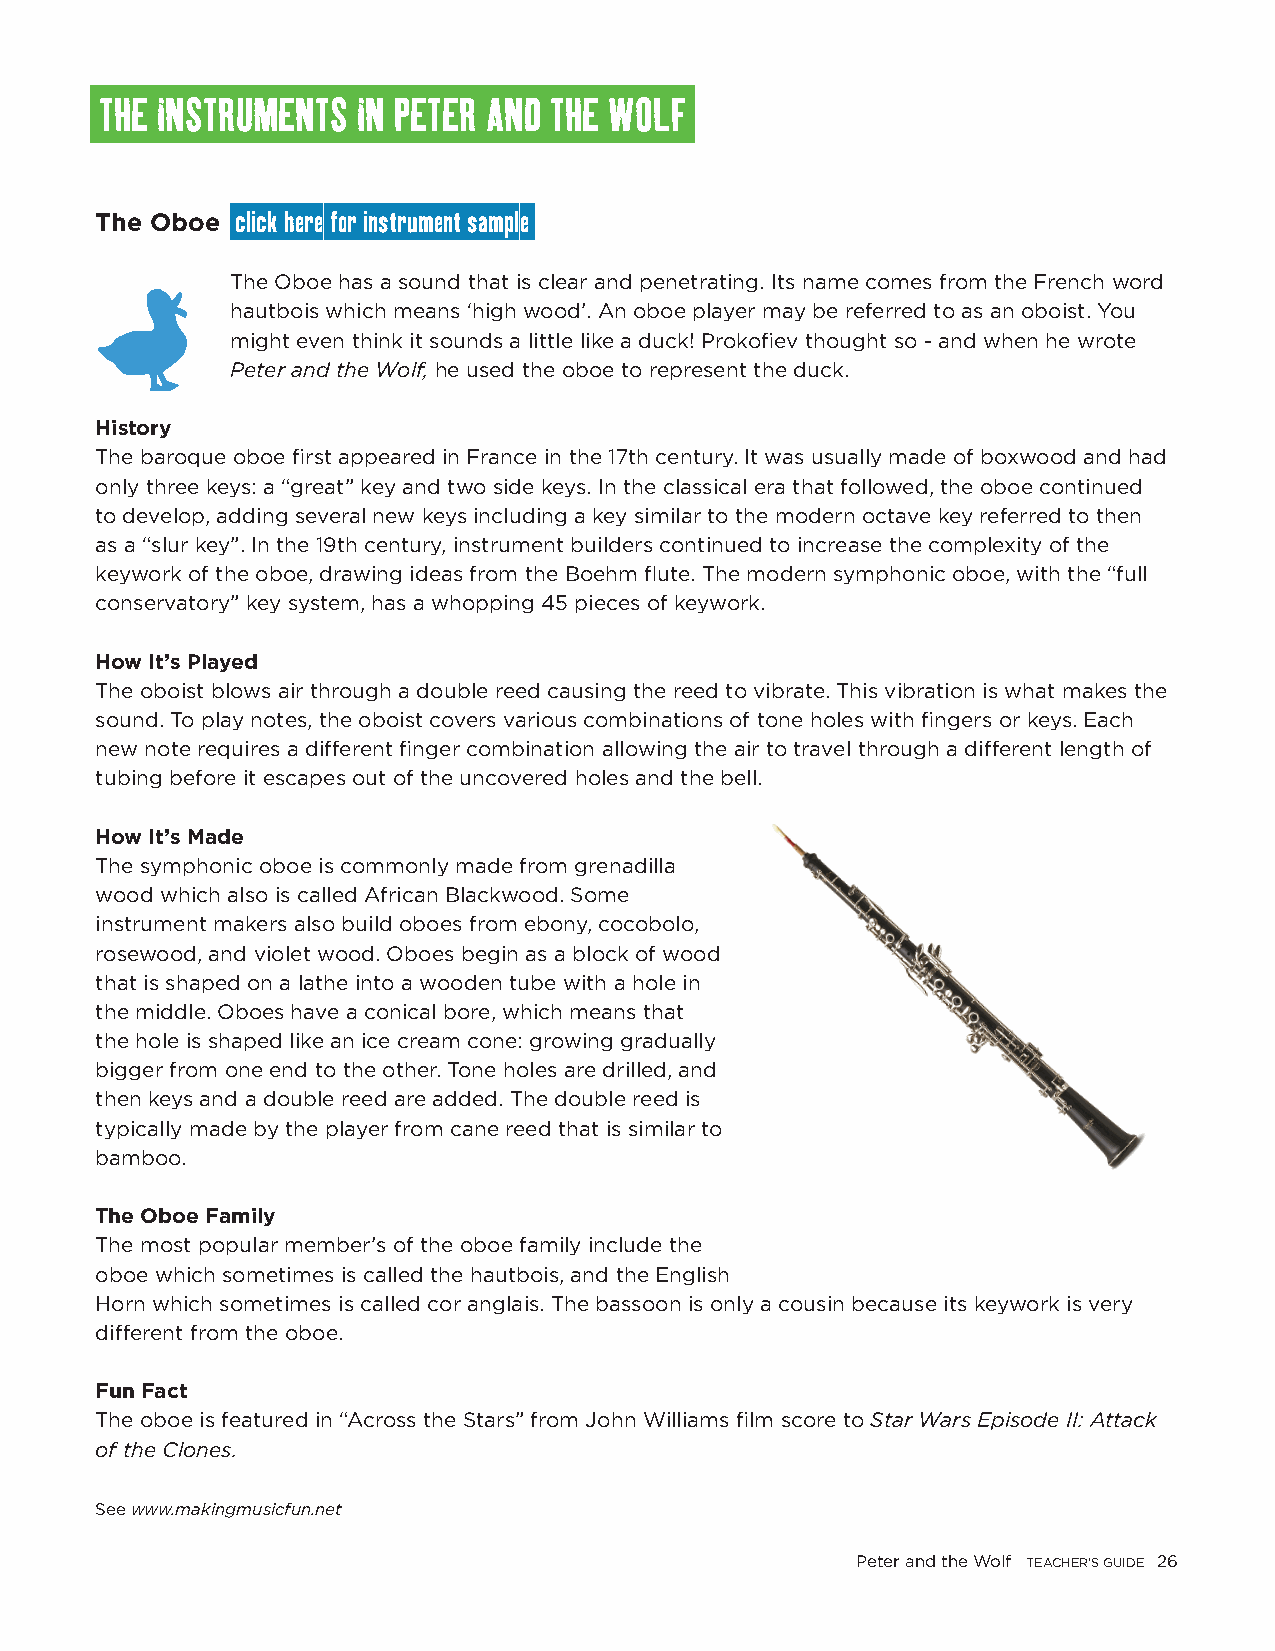
THE INSTRUMENTS  IN PETER AND THE WOLF
 The Oboe  click here for instrument sample
 The Oboe has a sound that is clear and penetrating. Its name comes from the French word
 hautbois which means ‘high wood’. An oboe player may be referred to as an oboist. You
 might even think it sounds a little like a duck! Prokofiev thought so - and when he wrote
 Peter and the Wolf, he used the oboe to represent the duck.
 History
 The baroque oboe first appeared in France in the 17th century. It was usually made of boxwood and had
 only three keys: a “great” key and two side keys. In the classical era that followed, the oboe continued
 to develop, adding several new keys including a key similar to the modern octave key referred to then
 as a “slur key”. In the 19th century, instrument builders continued to increase the complexity of the
 keywork of the oboe, drawing ideas from the Boehm flute. The modern symphonic oboe, with the “full
 conservatory” key system, has a whopping 45 pieces of keywork.
 How It’s Played
 The oboist blows air through a double reed causing the reed to vibrate. This vibration is what makes the
 sound. To play notes, the oboist covers various combinations of tone holes with fingers or keys. Each
 new note requires a different finger combination allowing the air to travel through a different length of
 tubing before it escapes out of the uncovered holes and the bell.
 How It’s Made
 The symphonic oboe is commonly made from grenadilla
 wood which also is called African Blackwood. Some
 instrument makers also build oboes from ebony, cocobolo,
 rosewood, and violet wood. Oboes begin as a block of wood
 that is shaped on a lathe into a wooden tube with a hole in
 the middle. Oboes have a conical bore, which means that
 the hole is shaped like an ice cream cone: growing gradually
 bigger from one end to the other. Tone holes are drilled, and
 then keys and a double reed are added. The double reed is
 typically made by the player from cane reed that is similar to
 bamboo.
 The Oboe Family
 The most popular member’s of the oboe family include the
 oboe which sometimes is called the hautbois, and the English
 Horn which sometimes is called cor anglais. The bassoon is only a cousin because its keywork is very
 different from the oboe.
 Fun Fact
 The oboe is featured in “Across the Stars” from John Williams film score to Star Wars Episode II: Attack
 of the Clones.
 See www.makingmusicfun.net
 Peter and the Wolf TEACHER’S GUIDE 26